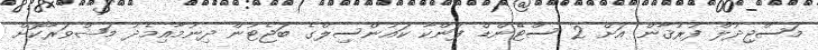
މަސްޖިދުލް ފުރުޤާން އަށް 2 ސްޓޭންޑް ފަންކާ ކައުންސިލްގެ ބަޖެޓުން ދިނުމާއިމެދު މަޝްވަރާކޮށް